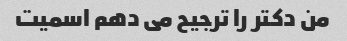
من دکتر را ترجیح می دهم اسمیت